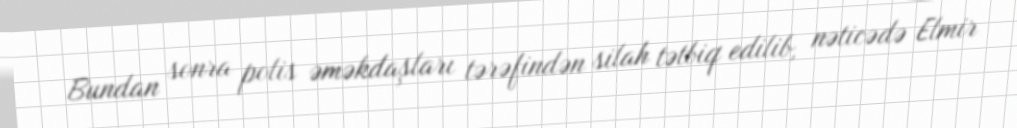
Bundan sonra polis əməkdaşları tərəfindən silah tətbiq edilib, nəticədə Elmir